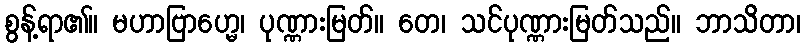
စွန့်ရာ၏။ မဟာဗြာဟ္မေ၊ ပုဏ္ဏားမြတ်။ တေ၊ သင်ပုဏ္ဏားမြတ်သည်။ ဘာသိတာ၊